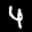
Label: 4